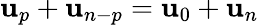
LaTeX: \mathbf{u}_{p}+\mathbf{u}_{n-p}=\mathbf{u}_{0}+\mathbf{u}_{n}